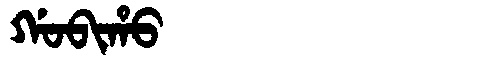
Manchu: ᡤᠣᠪᡳᡥᠣ
Romanization: GOBIHO